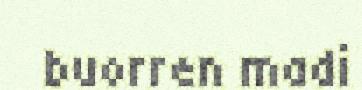
buorren madi